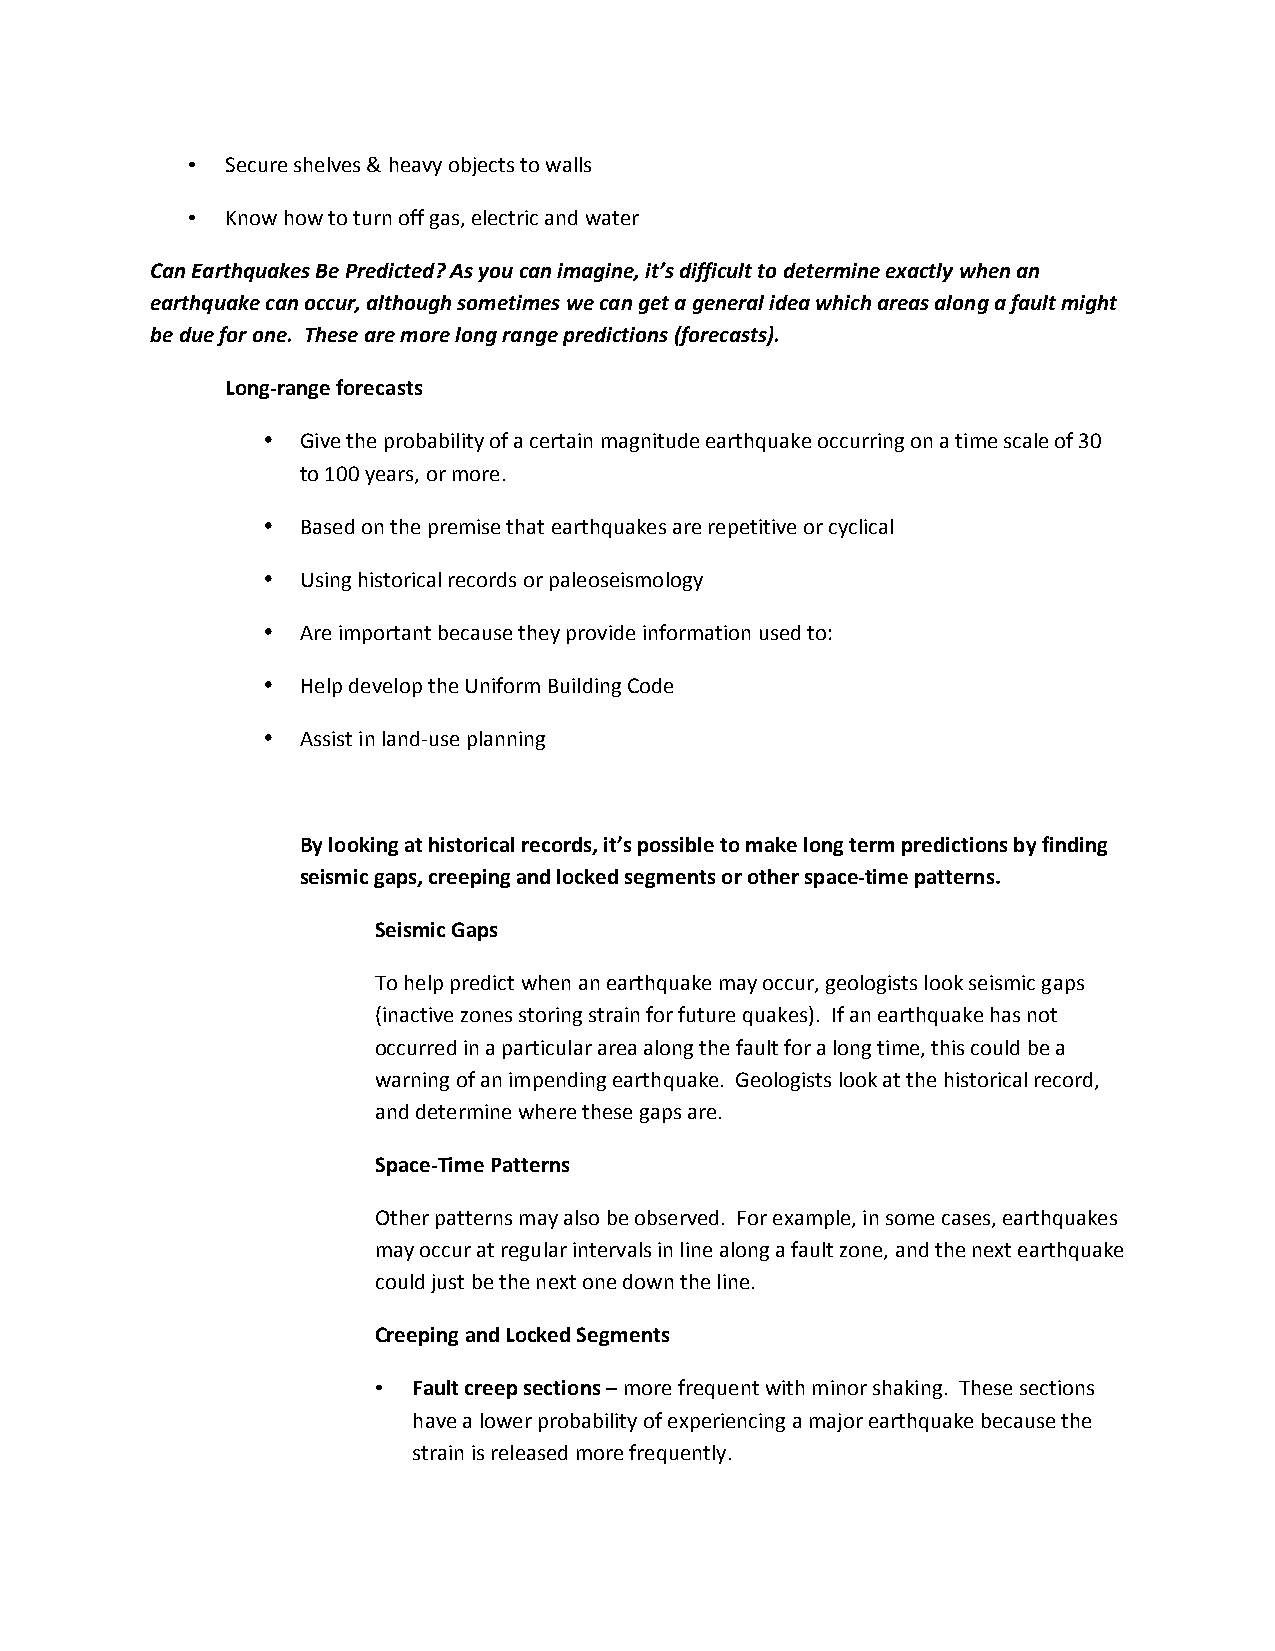
•  Secure shelves & heavy objects to walls
 •  Know how to turn off gas, electric and water
 Can Earthquakes Be Predicted? As you can imagine, it’s difficult to determine exactly when an
 earthquake can occur, although sometimes we can get a general idea which areas along a fault might
 be due for one. These are more long range predictions (forecasts).
 Long‐range forecasts
 •  Give the probability of a certain magnitude earthquake occurring on a time scale of 30
 to 100 years, or more.
 •  Based on the premise that earthquakes are repetitive or cyclical
 •  Using historical records or paleoseismology
 •  Are important because they provide information used to:
 •  Help develop the Uniform Building Code
 •  Assist in land‐use planning
 By looking at historical records, it’s possible to make long term predictions by finding
 seismic gaps, creeping and locked segments or other space‐time patterns.
 Seismic Gaps
 To help predict when an earthquake may occur, geologists look seismic gaps
 (inactive zones storing strain for future quakes). If an earthquake has not
 occurred in a particular area along the fault for a long time, this could be a
 warning of an impending earthquake. Geologists look at the historical record,
 and determine where these gaps are.
 Space‐Time Patterns
 Other patterns may also be observed. For example, in some cases, earthquakes
 may occur at regular intervals in line along a fault zone, and the next earthquake
 could just be the next one down the line.
 Creeping and Locked Segments
 • Fault creep sections – more frequent with minor shaking. These sections
 have a lower probability of experiencing a major earthquake because the
 strain is released more frequently.